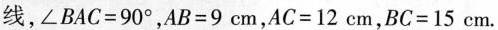
线，$$\angle BAC=90^{\circ}$$，$$AB=9cm$$，$$AC=12cm$$，$$BC=15cm$$。